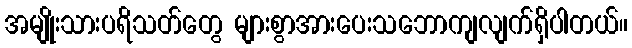
အမျိုးသားပရိသတ်တွေ များစွာအားပေးသဘောကျလျက်ရှိပါတယ်။